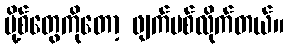
ပို့စ်တွေကိုတော့ ဖျက်ပစ်လိုက်တယ်။